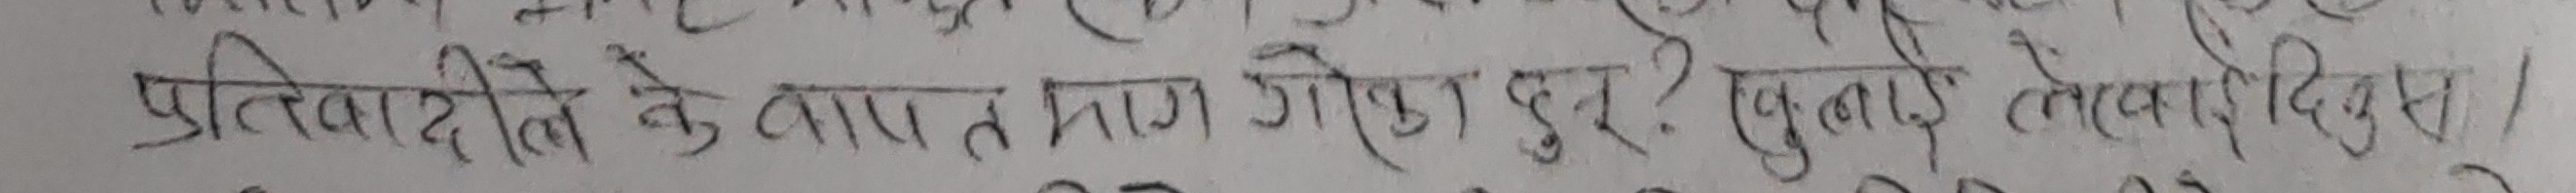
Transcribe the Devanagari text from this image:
प्रतिवादीले के वारा तान गोला सुरु ? खुवाई लेवाई दिए ।